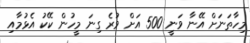
މިހާތަނަށް އޭނާ ވަނީ 500 އަށް ވުރެ ގިނަ މީހުން ކޭކު އެޅުމާއި